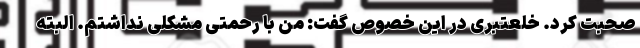
صحبت کرد. خلعتبری در این خصوص گفت: من با رحمتی مشکلی نداشتم. البته